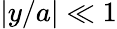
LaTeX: |y/a|\ll 1